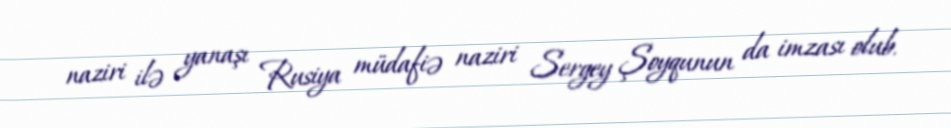
naziri ilə yanaşı Rusiya müdafiə naziri Sergey Şoyqunun da imzası olub.